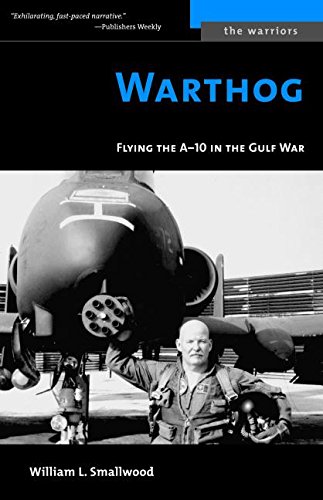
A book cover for Warthog: Flying the A-10 in the Gulf War (Potomac Books' The Warriors series); William L. Smallwood; History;